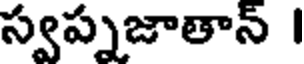
స్వప్నజాతాన్ I